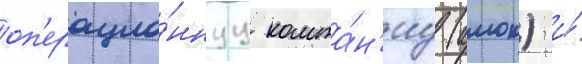
оп'ерацио́ннуу компа́н'иу (амок) и́